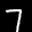
Label: 7